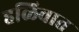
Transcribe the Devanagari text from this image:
हळिवात